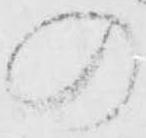
の